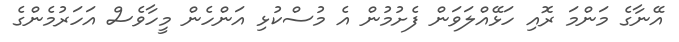
އޭނާގެ މަންމަ ރޮއި ހަޅޭއްލަވަން ފެށުމުން އެ މުސްކުޅި އަންހެން މީހާވެސް އަހަރުމެންގެ